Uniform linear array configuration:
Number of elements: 32
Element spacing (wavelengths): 0.25
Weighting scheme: binomial
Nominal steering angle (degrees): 45
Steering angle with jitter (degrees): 43.158
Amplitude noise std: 0.05
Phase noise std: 0.05

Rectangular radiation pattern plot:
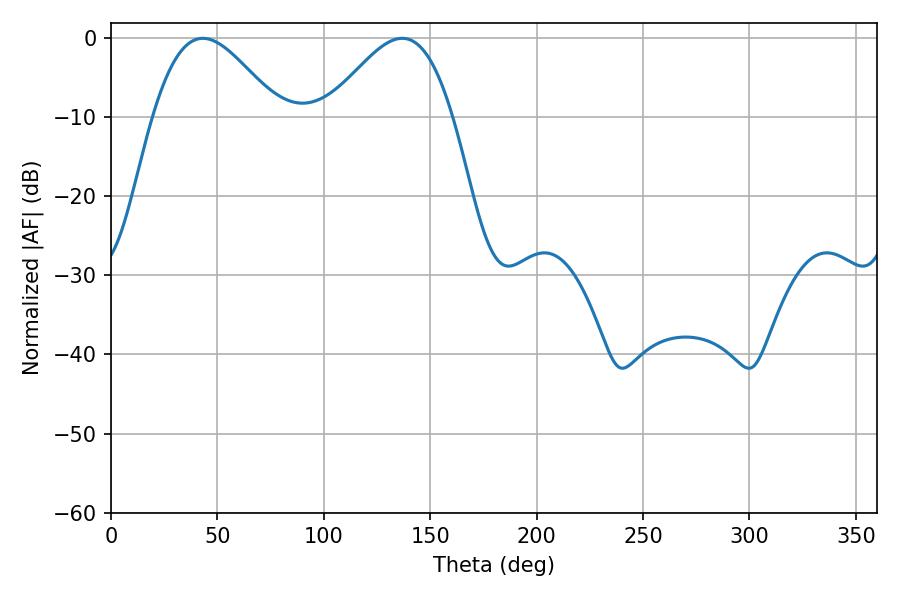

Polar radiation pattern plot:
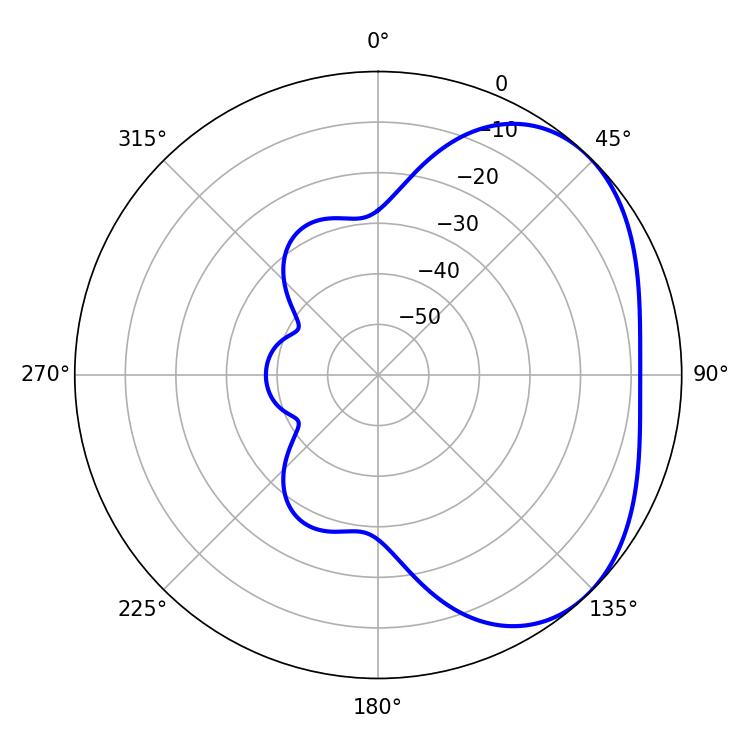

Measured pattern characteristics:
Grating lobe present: FALSE
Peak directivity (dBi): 3.451
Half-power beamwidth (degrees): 31.5
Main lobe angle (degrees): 43.2